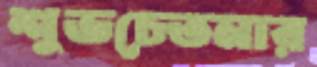
শুভচেতনার